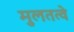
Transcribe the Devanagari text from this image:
मुलतत्वे